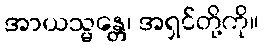
အာယသ္မန္တေ၊ အရှင်တို့ကို။